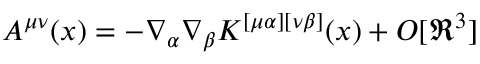
A ^ { \mu \nu } ( x ) = - \nabla _ { \alpha } \nabla _ { \beta } K ^ { [ \mu \alpha ] [ \nu \beta ] } ( x ) + O [ \Re ^ { 3 } ]